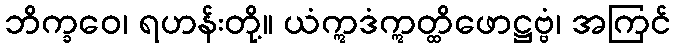
ဘိက္ခဝေ၊ ရဟန်းတို့။ ယံဣဒံဣတ္ထိဖောဋ္ဌဗ္ဗံ၊ အကြင်